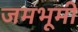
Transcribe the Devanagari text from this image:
जमभूमी